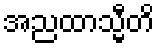
အညထာသ္မီတိ